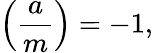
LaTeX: \left({\frac{a}{m}}\right)=-1,